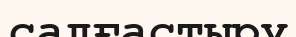
салғастыру